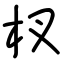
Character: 杈